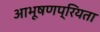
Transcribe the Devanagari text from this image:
आभूषणप्रियता